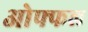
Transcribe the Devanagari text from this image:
ओफ्फल